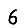
Digit: 6